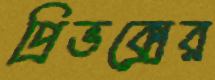
প্রিভক্সের